Report on the administration of the Government Cinchona Department 1892-98
Year: 1892
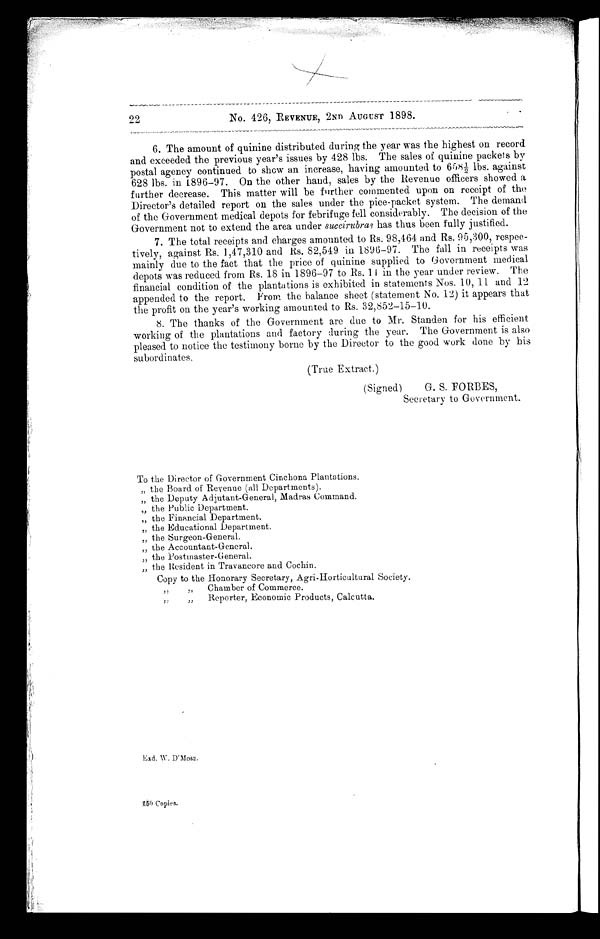
22 No. 426, REVENUE, 2ND AUGUST 1898.
6. The amount of quinine distributed during the year was the highest on record
and exceeded the previous year's issues by 428 lbs. The sales of quinine packets by
postal agency continued to show an increase, having amounted to 658½ lbs. against
628 lbs. in 1896-97. On the other hand, sales by the Revenue officers showed a
further decrease. This matter will be further commented upon on receipt of the
Director's detailed report on the sales under the pice-packet system. The demand
of the Government medical depots for febrifuge fell considerably. The decision of the
Government not to extend the area under succirubras has thus been fully justified.
7. The total receipts and charges amounted to Rs. 98,464 and Rs. 95,300, respec-
tively, against Rs. 1,47,310 and Rs. 82,549 in 1896-97. The fall in receipts was
mainly due to the fact that the price of quinine supplied to Government medical
depots was reduced from Rs. 18 in 1896-97 to Rs. 11 in the year under review. The
financial condition of the plantations is exhibited in statements Nos. 10,11 and 12
appended to the report. From the balance sheet (statement No. 12) it appears that
the profit on the year's working amounted to Rs. 32,852-15-10.
8. The thanks of the Government are due to Mr. Standen for his efficient
working of the plantations and factory luring the year. The Government is also
pleased to notice the testimony borne by the Director to the good work done by his
subordinates.
(True Extract.)
(Signed) G. S. FORBES,
Secretary to Government.
To the Director of Government Cinchona Plantations.
„ the Board of Revenue (all Departments).
„ the Deputy Adjutant-General, Madras Command.
„ the Public Department.
„ the Financial Department.
„ the Educational Department.
„ the Surgeon-General.
„ the Accountant-General.
„ the Postmaster-General.
„ the Resident in Travancore and Cochin.
Copy to the Honorary Secretary, Agri-Horticultural Society.
,, ,, Cha mbe r of Comme r c e .
,, ,, Reporter, Economic Products, Calcutta.
Exd. W. D'Moss.
250 Copies.